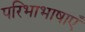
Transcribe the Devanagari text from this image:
परिभाभाषाएँ